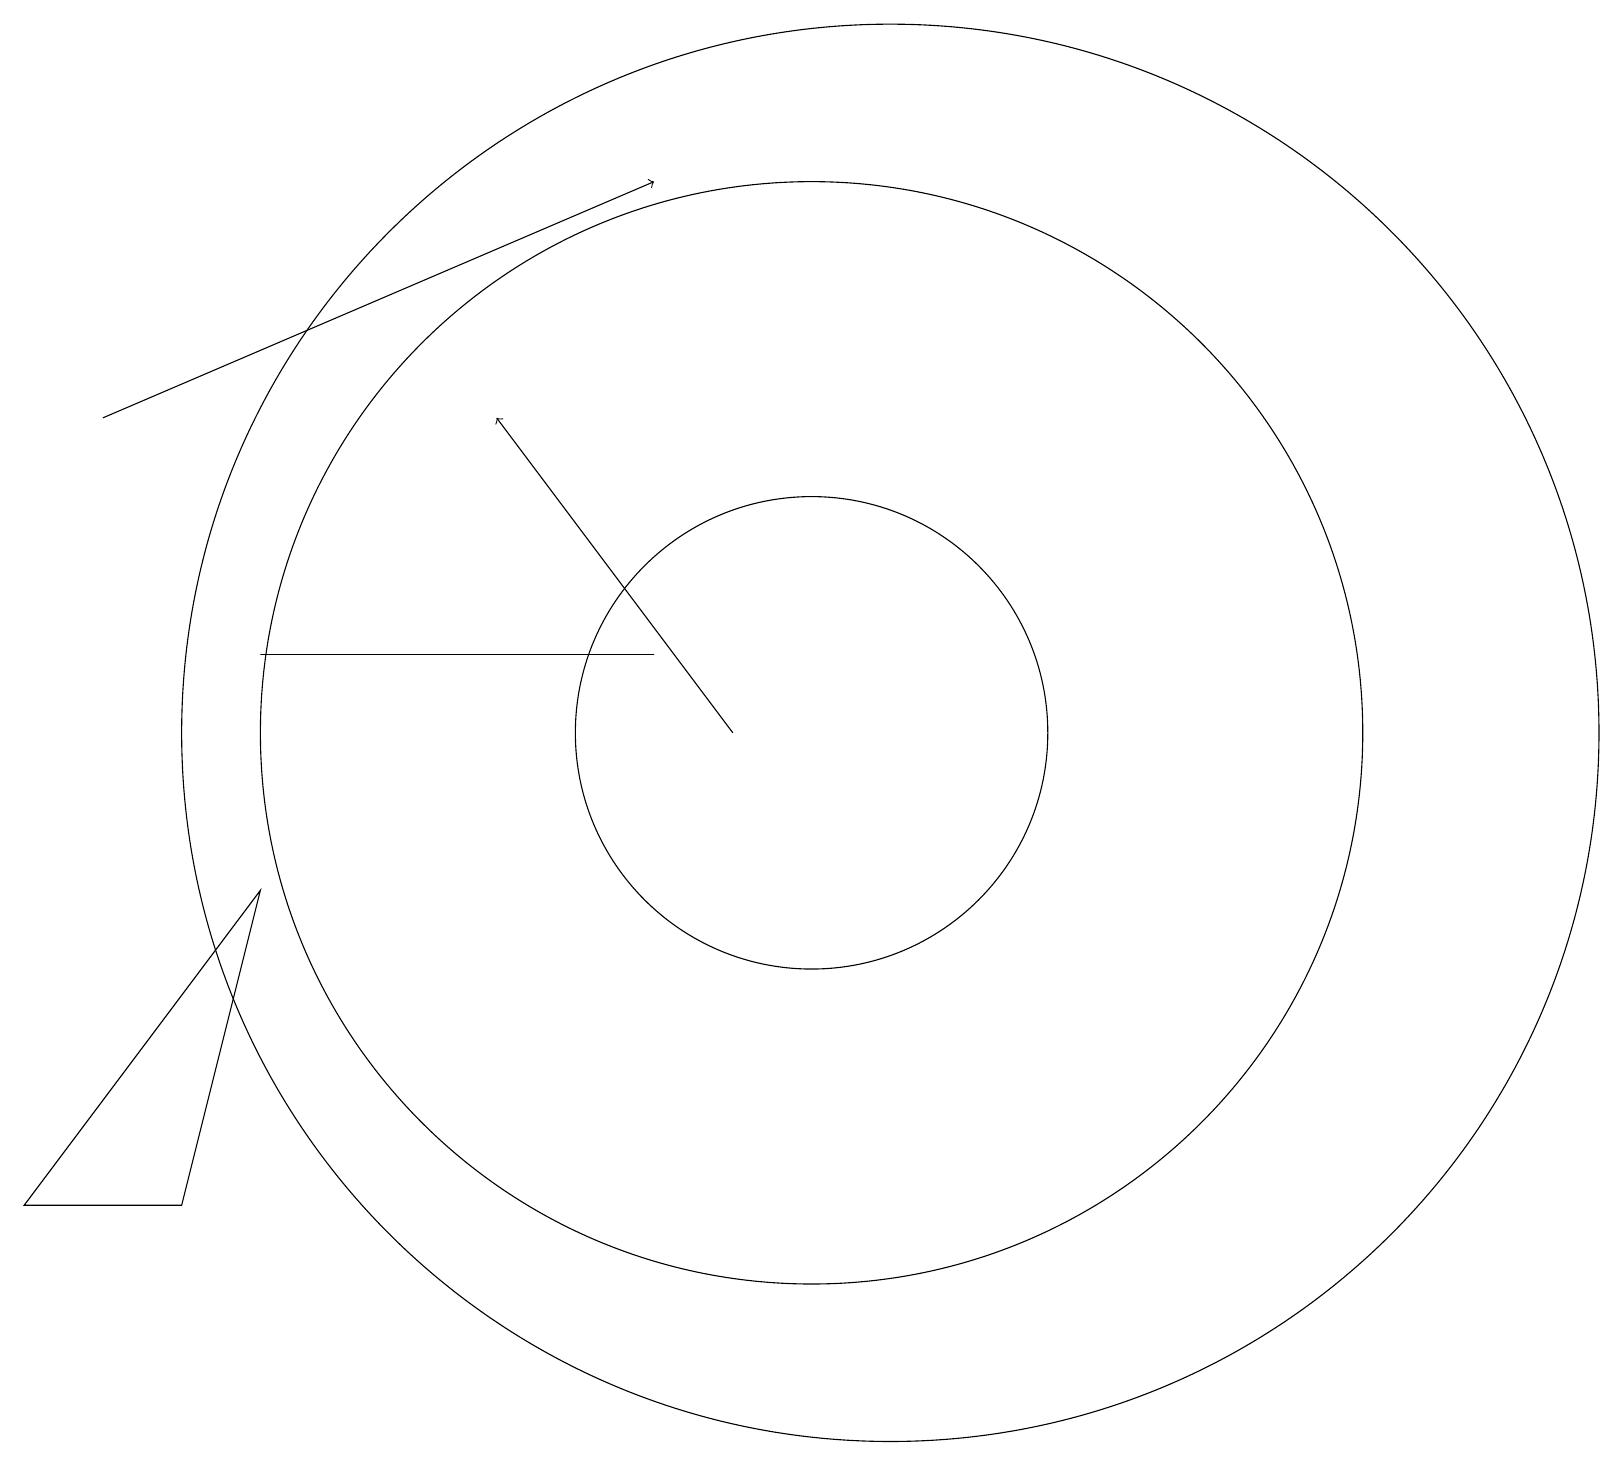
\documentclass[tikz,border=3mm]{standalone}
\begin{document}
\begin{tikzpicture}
\draw (2,5) -- (3,9) -- (0,5) -- cycle;
\draw (10,11) circle (7);
\draw (3,12) rectangle (8,12);
\draw (10,11) circle (3);
\draw[->] (1,15) -- (8,18);
\draw (11,11) circle (9);
\draw[->] (9,11) -- (6,15);
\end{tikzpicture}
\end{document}